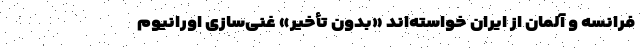
فرانسه و آلمان از ایران خواسته‌اند «بدون تأخیر» غنی‌سازی اورانیوم